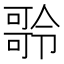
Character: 𠾥